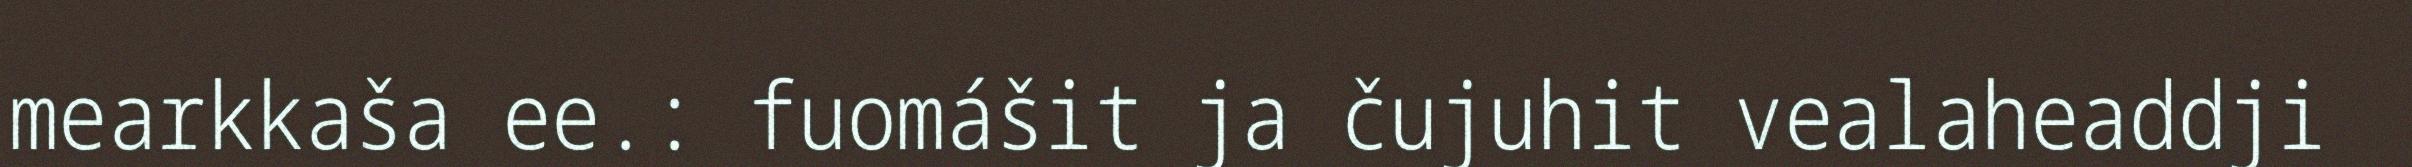
mearkkaša ee.: fuomášit ja čujuhit vealaheaddji